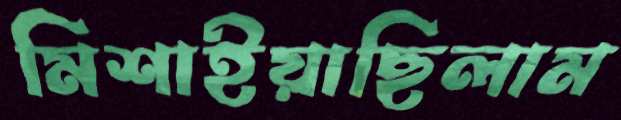
মিশাইয়াছিলাম